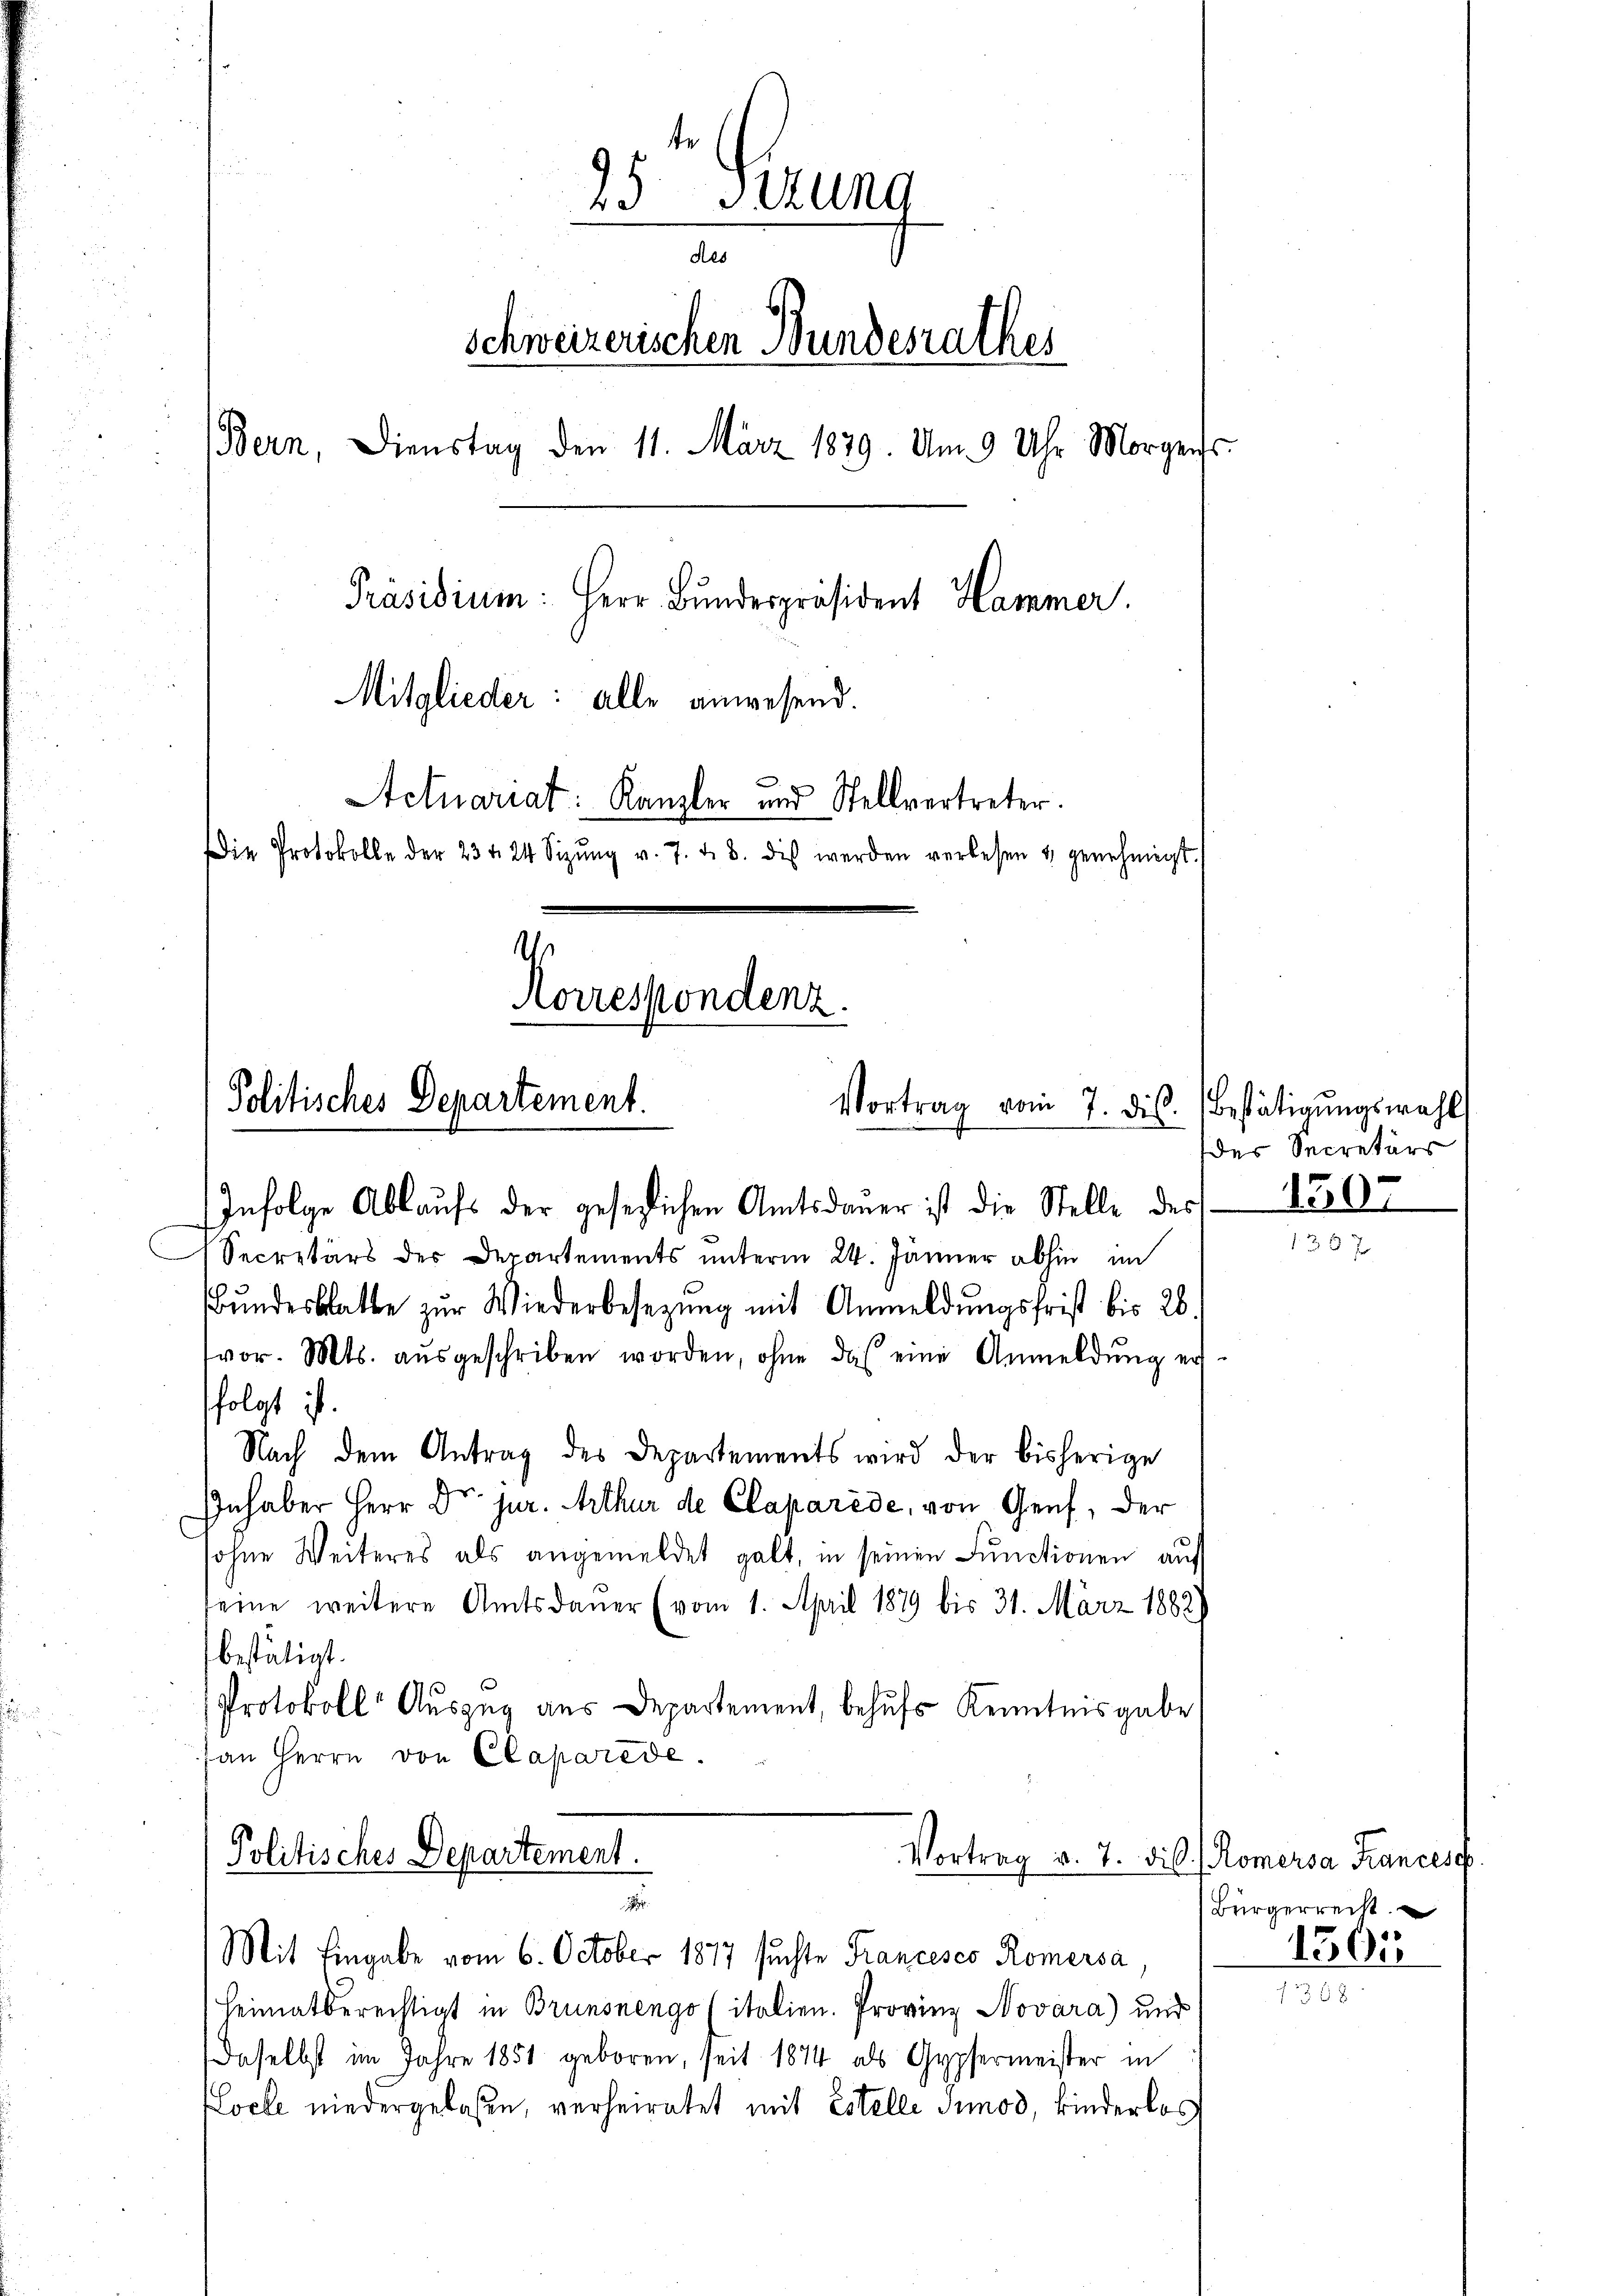
25 Stund
des
Schweizerischen Bundesrathes
Bern, Dienstag den 11. März 1879. Um 9 Uhr Morgenss
Präsidium: Herr Bundespräsident Hammer.
Mitglieder: alle anwesend.
Actuariat: Kanzler und Stellvertreter.
ie Protokolle der 23 t 24 Sizŭng v. 7. d. 8. dis werden verlesen & genehmigt.
d
Aorrespondenz.

Politisches Departement.
Vortrag vom 7. ds. Bestätigŭngswahl

Infolge Ablaufs der gesezlichen Amtsdauer ist die Stelle des 150
Secretärs des Departements unterm 24. Jänner abhin im
Bŭndesblatte zŭr Wiederbesetzŭng mit Anmeldŭngsfrist bis 26.
vor. Mts. aŭsgeschriben worden, ohne das eine Anmeldŭng er-
folgt ist.
Nach dem Antrag des Departements wird der bisherige
Inhaber Herr Dr. jur. Arthur de Claparide, von Genf, der
sohne Weiteres als angemeldet galt, in seinen Functionen auf
seine weitere Amtsdauer (vom 1. April 1879 bis 31. März 1882
bestätigt.
Protokoll Auszug aus Departement, behufs Kenntnisgabe
an Herrn von Claparede.

Politisches Departement.
1
Mit Eingabe vom 6. October 1877 suchte Franceses Römersa,

Heimatberechtigt in Brunsnengo (italien. Provinz Novara) und
Daselbst im Jahre 1851 geboren, seit 1874 als Gypfermeister in
Locle niedergelaßen, verheiratet mit Estelle Junod, kinderlos

des Secretärs

Vortrag v. 7. die Römersa Frances.
Bürgerrecht
1303

1398